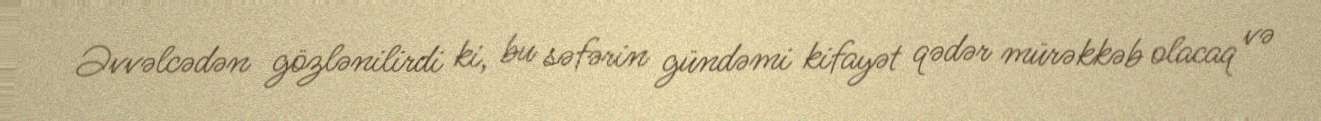
Əvvəlcədən gözlənilirdi ki, bu səfərin gündəmi kifayət qədər mürəkkəb olacaq və